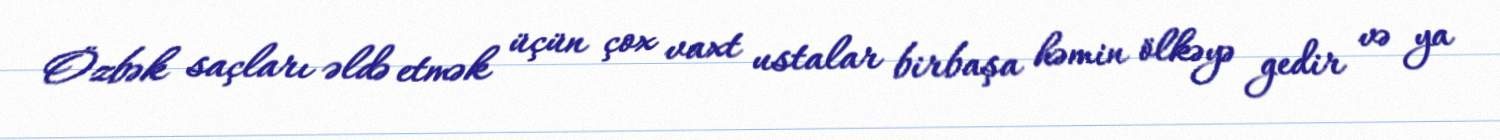
Özbək saçları əldə etmək üçün çox vaxt ustalar birbaşa həmin ölkəyə gedir və ya